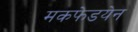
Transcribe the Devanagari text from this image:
मकफेडयेन